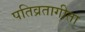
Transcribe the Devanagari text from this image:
पतिव्रतागीता